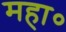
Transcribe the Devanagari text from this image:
महा०